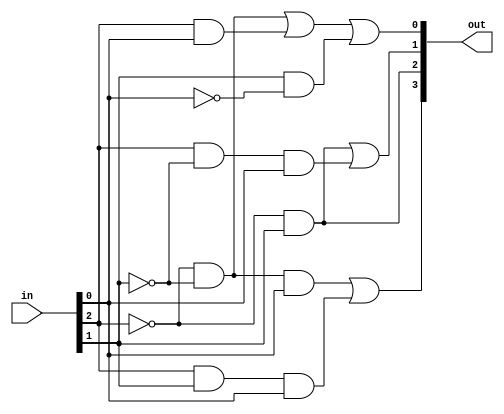
module lab6(in, out); // lab6()
	
	//
	input [2:0]in; // in , 3bit wire
	output  reg [3:0]out; // out , 4bit reg
	
	//
	always @(*) 
	// always  always 
	begin // always  
		out[3] = (!in[2] & !in[1] & in[0]) | (in[2] & in[1] & in[0]); 
		// out 3
		out[2] = (!in[2] & in[1]);
		out[1] = (!in[2] & in[1]) | (in[2] & !in[1] & in[0]);
		out[0] = (!in[2] & !in[1]) | (in[2] & in[0]) | (in[1] & !in[0]); 
	end // always  

endmodule //